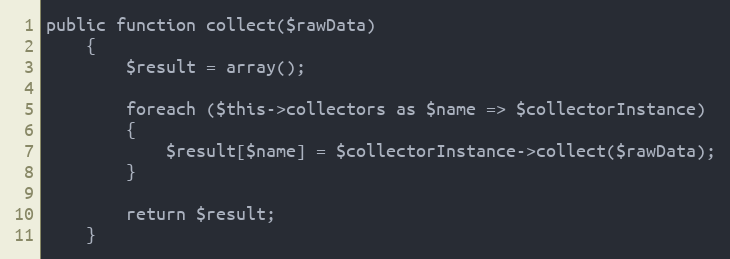
Language: PHP
public function collect($rawData)
    {
        $result = array();

        foreach ($this->collectors as $name => $collectorInstance)
        {
            $result[$name] = $collectorInstance->collect($rawData);
        }

        return $result;
    }